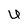
Character: U